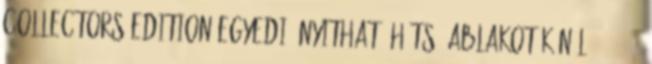
Collectors Edition egyedi, nyitható hátsó ablakot kínál. 1984 51